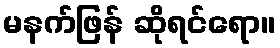
မနက်ဖြန် ဆိုရင်ရော။